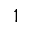
1